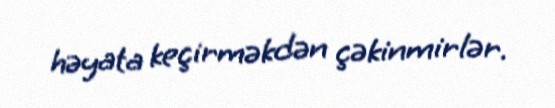
həyata keçirməkdən çəkinmirlər.